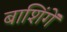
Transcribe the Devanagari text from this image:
बाशिंगें